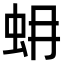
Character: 蚦